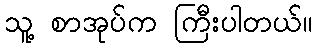
သူ့ စာအုပ်က ကြီးပါတယ်။